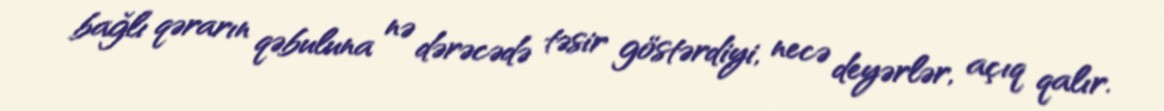
bağlı qərarın qəbuluna nə dərəcədə təsir göstərdiyi, necə deyərlər, açıq qalır.